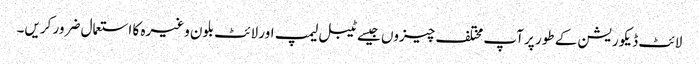
لائٹ ڈیکوریشن کے طور پر آپ مختلف چیزوں جیسے ٹیبل لیمپ اور لائٹ بلون وغیرہ کا استعمال ضرور کریں۔